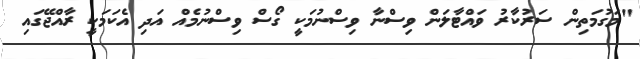
"މަގުމަތިން ސަރުކާރު ވައްޓާލަން ވިސްނާ ވިސްނުމަކީ ގޯސް ވިސްނުމެއް އަދި އެކަމަކީ ރާއްޖޭގައި